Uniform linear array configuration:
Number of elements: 4
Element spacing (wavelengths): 1
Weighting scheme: exponential
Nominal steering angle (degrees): -45
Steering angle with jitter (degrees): -46.899
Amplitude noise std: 0.05
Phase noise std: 0.05

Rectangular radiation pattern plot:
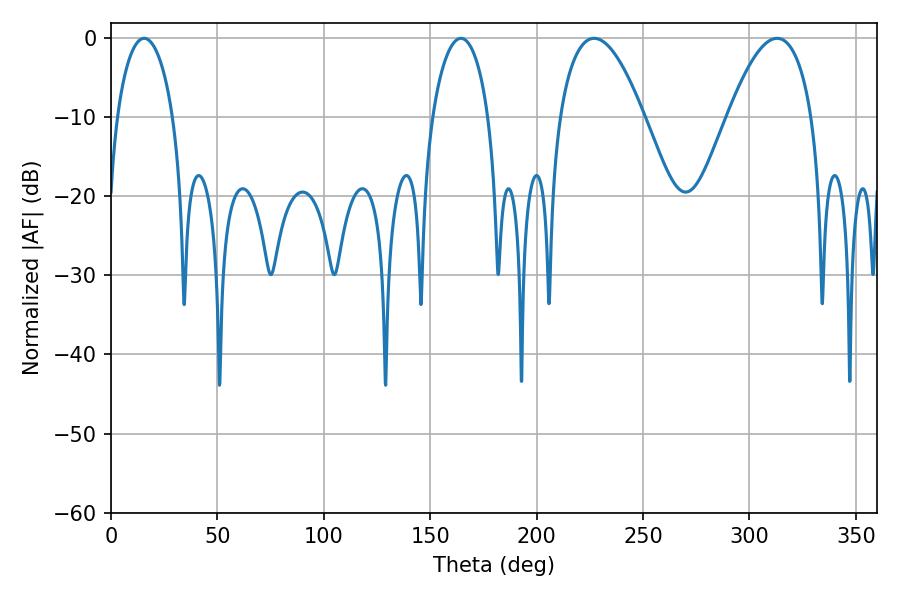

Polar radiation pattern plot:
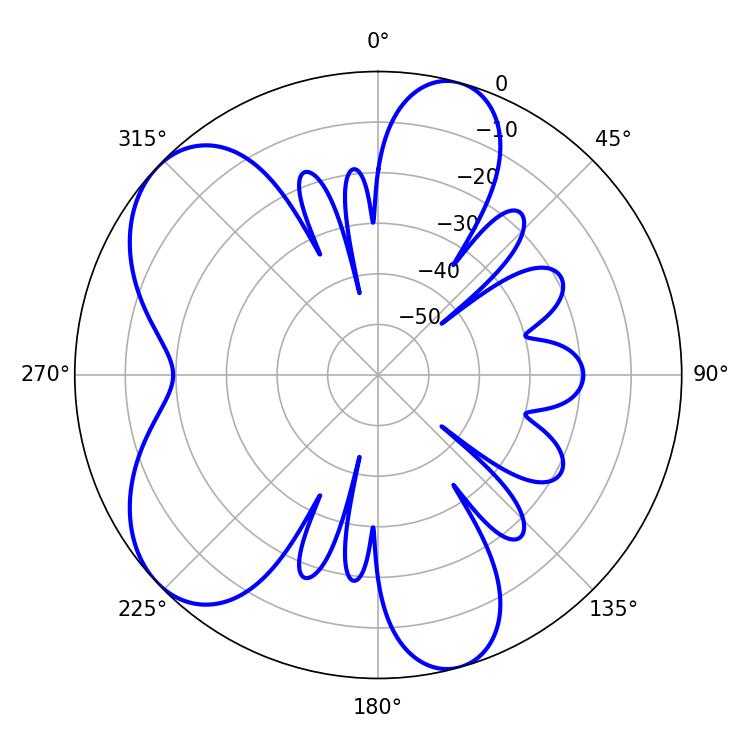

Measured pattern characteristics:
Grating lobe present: TRUE
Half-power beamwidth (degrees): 21.78
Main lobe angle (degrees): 226.98